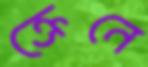
ক্রেনে